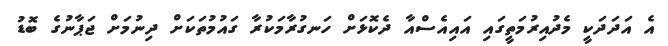
އެ އަދަދަކީ މެދުއިރުމަތީގައި އައިއެސްއާ ދެކޮޅަށް ހަނގުރާމަކުރާ ގައުމުތަކަށް ދިނުމަށް ޖަޕާނުގެ ބޮޑު